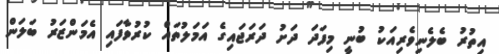
އިތުރު ބެލެނިވެރިއަކު ބުނީ މިފަދަ ދަށު ދަރަޖައިގެ އަމަލުތައް ކުރުވާފައި އެމަންޒަރު ބަލަން